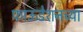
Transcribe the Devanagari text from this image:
फाऊडेशनच्या